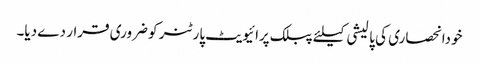
خودانحصاری کی پالیشی کیلئے پبلک پرائیویٹ پارٹنر کو ضروری قرار دے دیا۔